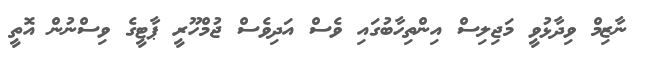
ނާޒިމް ވިދާޅުވީ މަޖިލިސް އިންތިހާބުގައި ވެސް އަދިވެސް ޖުމްހޫރީ ޕާޓީގެ ވިސްނުން އޮތީ